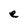
Character: e